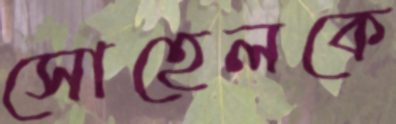
সোহেলকে